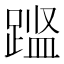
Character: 𨃎